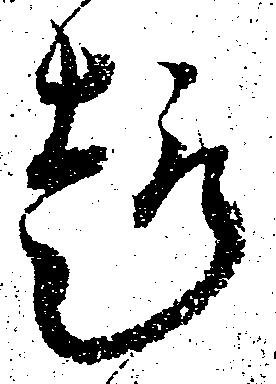
趣